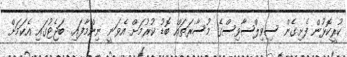
ކުރީކޮޅުން ފެށިގެން ސިވިލްސާވިސްގެ މުސާރަތައް ބޮޑު ކުރުމަށް އެވަނީ ނިންމާފައި. ބަޖެޓުގައި އެކަމަށް